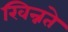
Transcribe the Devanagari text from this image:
खिन्नते